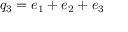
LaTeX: q _ { 3 } = e _ { 1 } + e _ { 2 } + e _ { 3 }